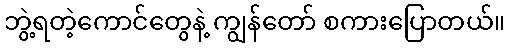
ဘွဲ့ရတဲ့ကောင်တွေနဲ့ ကျွန်တော် စကားပြောတယ်။